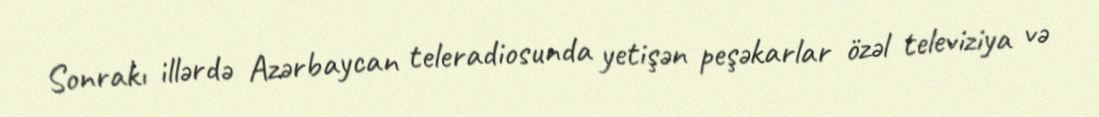
Sonrakı illərdə Azərbaycan teleradiosunda yetişən peşəkarlar özəl televiziya və